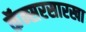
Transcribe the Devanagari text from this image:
कॅन्सरसारखा